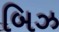
બિઝ